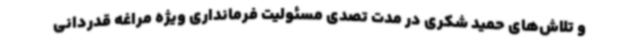
و تلاش‌های حمید شکری در مدت تصدی مسئولیت فرمانداری ویژه مراغه قدردانی